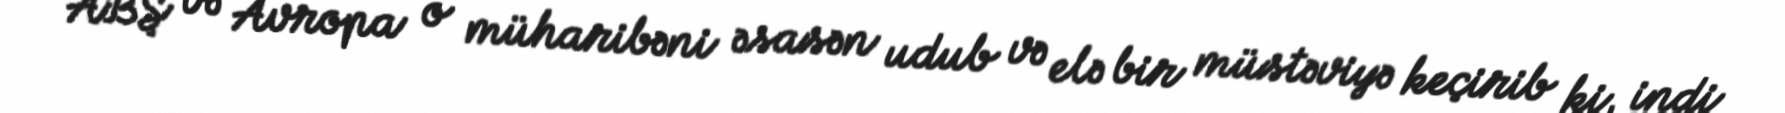
ABŞ və Avropa o müharibəni əsasən udub və elə bir müstəviyə keçirib ki, indi